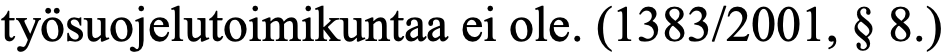
työsuojelutoimikuntaa ei ole. (1383/2001, § 8.)